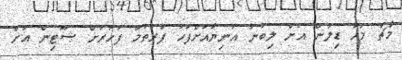
މާޗު މަހު ޑިލަން އަށް ލިބުނު އަނިޔާއަށްފަހު ފުރަތަމަ ފަހަރަށް ޝޫޓިން އަށް